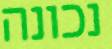
נכונה